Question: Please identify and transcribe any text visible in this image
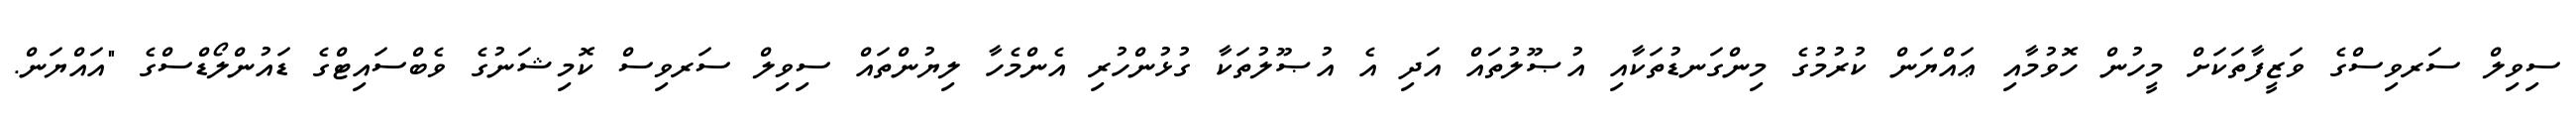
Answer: ސިވިލް ސަރވިސްގެ ވަޒީފާތަކަށް މީހުން ހޮވުމާއި ޢައްޔަން ކުރުމުގެ މިންގަނޑުތަކާއި އުޞޫލުތައް އަދި އެ އުޞޫލުތަކާ ގުޅުންހުރި އެންމެހާ ލިޔުންތައް ސިވިލް ސަރވިސް ކޮމިޝަނުގެ ވެބްސައިޓްގެ ޑައުންލޯޑްސްގެ "އައްޔަން.